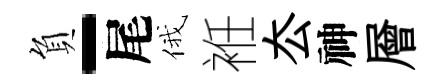
負-尾俄袵厺神層